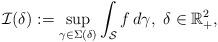
LaTeX: \begin{align*} \mathcal{I}(\delta) := \sup_{\gamma \in \Sigma(\delta)} \int_\mathcal{S} f \, d \gamma, \ \delta \in \mathbb{R}_{+}^2, \end{align*}